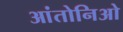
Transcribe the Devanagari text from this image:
आंतोनिओ